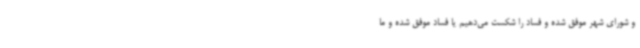
و شورای شهر موفق شده و فساد را شکست می‌دهیم یا فساد موفق شده و ما